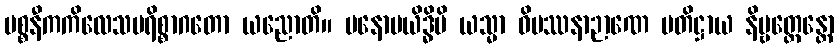
ပစ္စနီကကိလေသပရိစ္စာဂတော ယညောတိ။ မနောမယိဒ္ဓိပိ ယသ္မာ ဝိပဿနာဉာဏေ ပတိဋ္ဌာယ နိဗ္ဗတ္တေန္တော